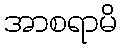
အာစရာမိ